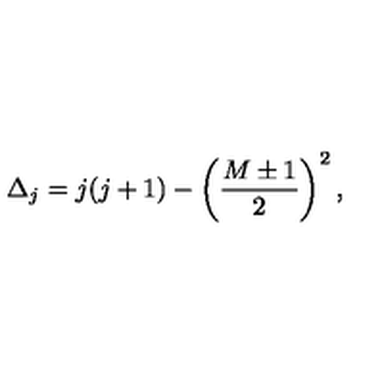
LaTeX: \Delta _ { j } = j ( j + 1 ) - \left( { \frac { M \pm 1 } { 2 } } \right) ^ { 2 } ,